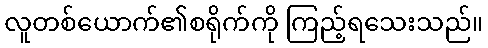
လူတစ်ယောက်၏စရိုက်ကို ကြည့်ရသေးသည်။